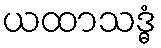
ယထာသဒ္ဓံ